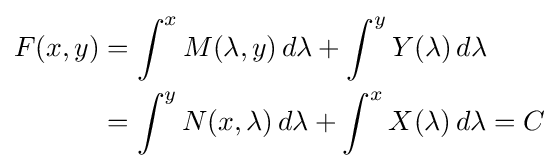
{\begin{aligned}F(x,y)&=\int ^{x}M(\lambda ,y)\,d\lambda +\int ^{y}Y(\lambda )\,d\lambda \\&=\int ^{y}N(x,\lambda )\,d\lambda +\int ^{x}X(\lambda )\,d\lambda =C\end{aligned}}